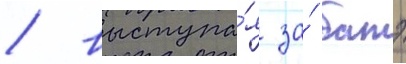
/ выступа́я за́ батэ